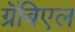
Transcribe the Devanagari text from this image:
ग्रॅबिएल